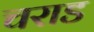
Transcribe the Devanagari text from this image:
चराड